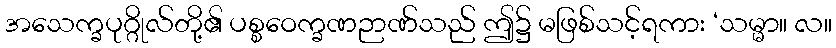
အသေက္ခပုဂ္ဂိုလ်တို့၏ ပစ္စဝေက္ခဏဉာဏ်သည် ဤ၌ မဖြစ်သင့်ရကား ‘သမ္မာ။ လ။